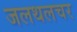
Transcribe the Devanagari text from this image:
जलथलचर